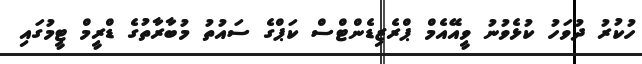
ހުކުރު ދުވަހު ކުޅެވުނު ވީއޭއެމް ޕްރެޒިޑެންޓްސް ކަޕްގެ ސައުތު މުބާރާތުގެ ޑްރީމް ޓީމުގައި